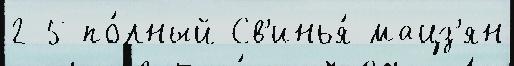
2-5 по́лный Св'инья́ мацз'ян